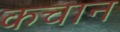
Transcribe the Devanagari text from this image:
कचान